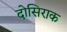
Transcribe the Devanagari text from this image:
दोसिराक